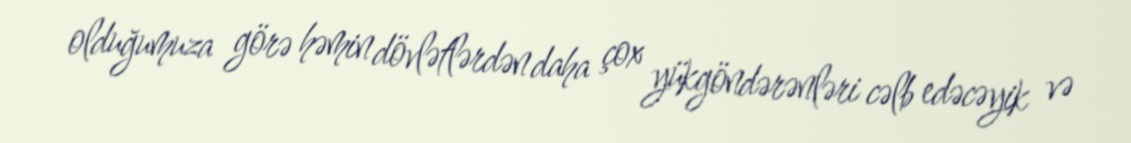
olduğumuza görə həmin dövlətlərdən daha çox yükgöndərənləri cəlb edəcəyik və